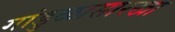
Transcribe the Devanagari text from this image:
गांडुळासारखा